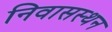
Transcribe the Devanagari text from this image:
निवासस्थन